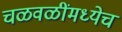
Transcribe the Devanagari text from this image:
चळवळींमध्येच